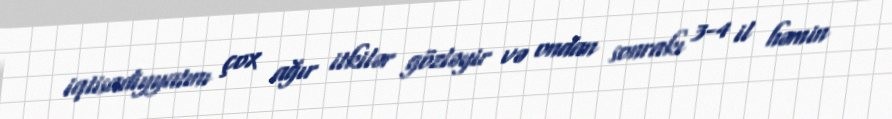
iqtisadiyyatını çox ağır itkilər gözləyir və ondan sonrakı 3-4 il həmin